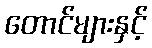
တောင်များနှင့်